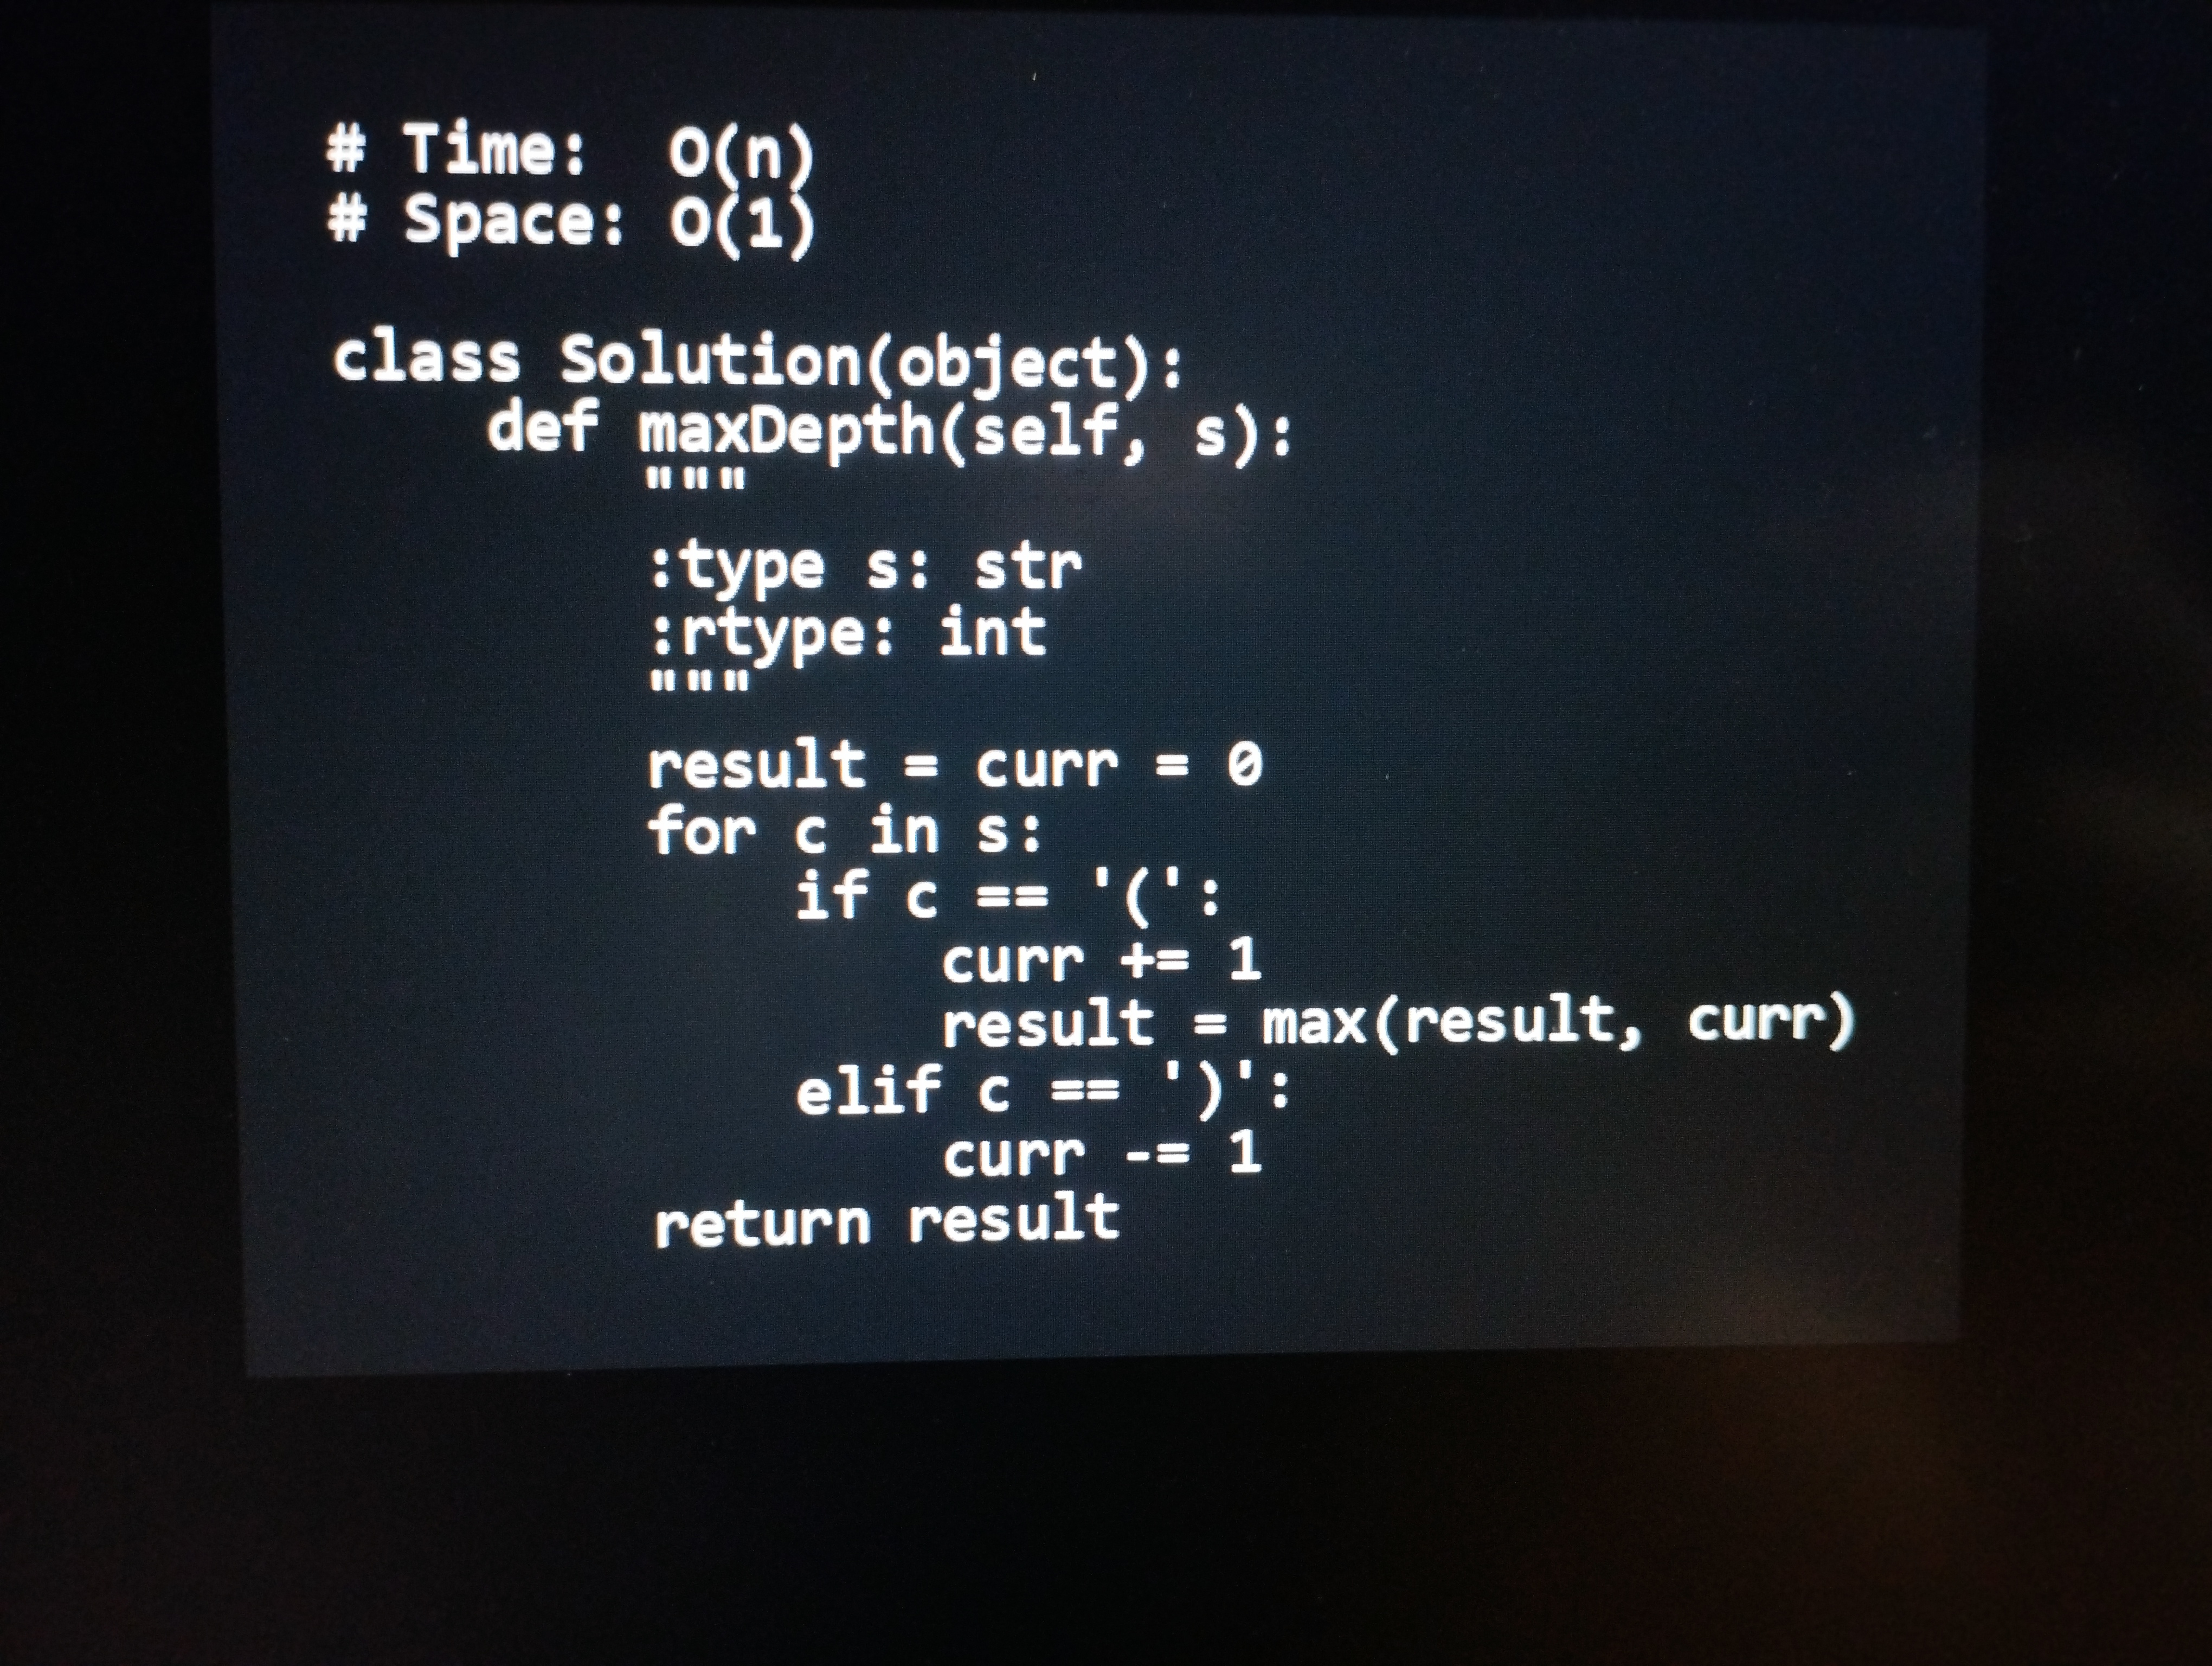
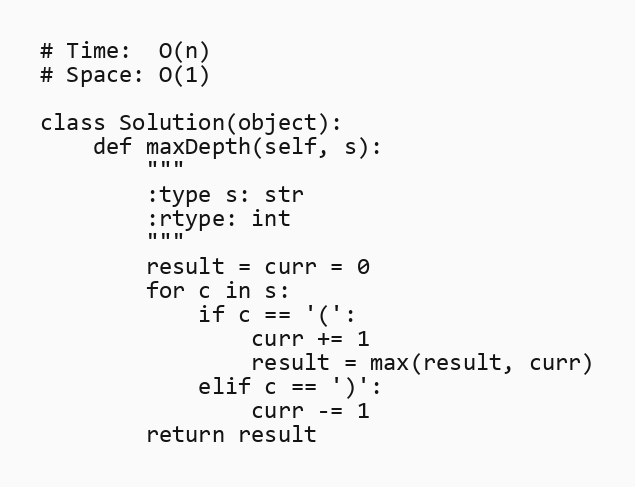
# Time:  O(n)
# Space: O(1)

class Solution(object):
    def maxDepth(self, s):
        """
        :type s: str
        :rtype: int
        """
        result = curr = 0
        for c in s:
            if c == '(':
                curr += 1
                result = max(result, curr)
            elif c == ')':
                curr -= 1
        return result